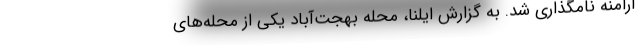
ارامنه نامگذاری شد. به گزارش ایلنا، محله بهجت‌آباد یکی از محله‌های